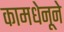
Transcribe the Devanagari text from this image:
कामधेनूने